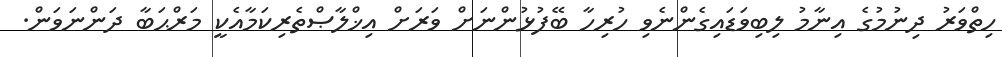
ހިތްވަރު ދިނުމުގެ އިނާމު ލިބިވަޑައިގެންނެވި ހުރިހާ ބޭފުޅުންނަށް ވަރަށް އިޚްލާޞްތެރިކަމާއެކީ މަރްޙަބާ ދަންނަވަން.